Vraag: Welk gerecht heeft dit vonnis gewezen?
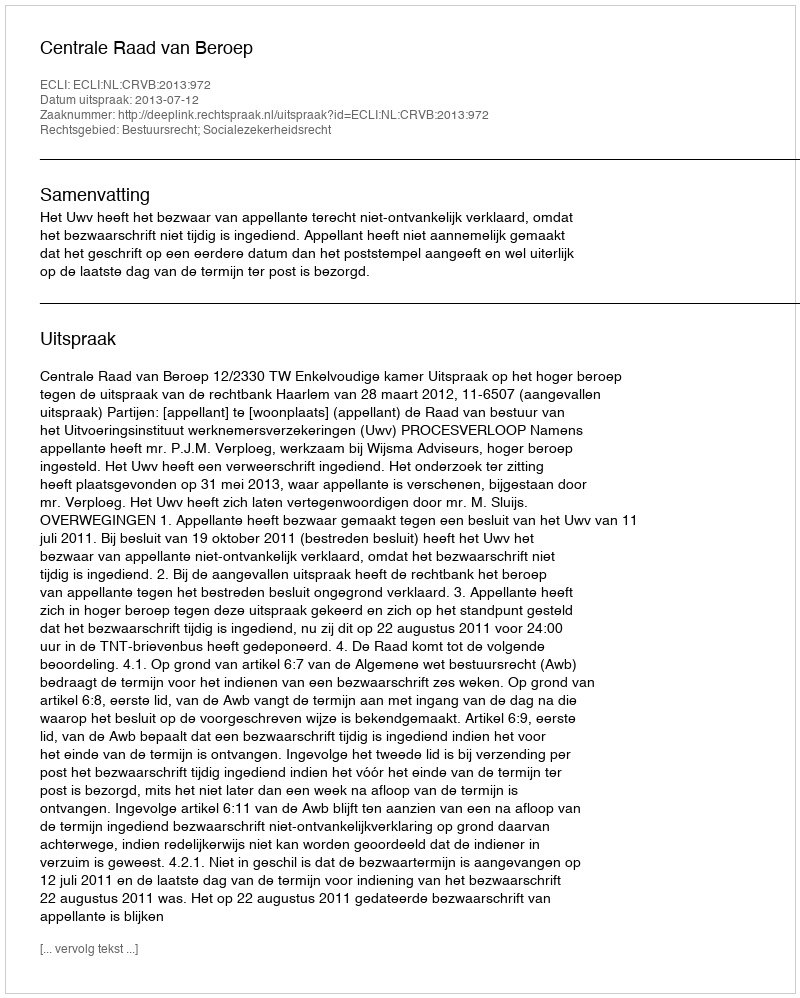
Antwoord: Centrale Raad van Beroep